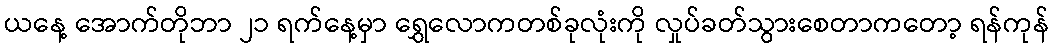
ယနေ့ အောက်တိုဘာ ၂၁ ရက်နေ့မှာ ရွှေလောကတစ်ခုလုံးကို လှုပ်ခတ်သွားစေတာကတော့ ရန်ကုန်